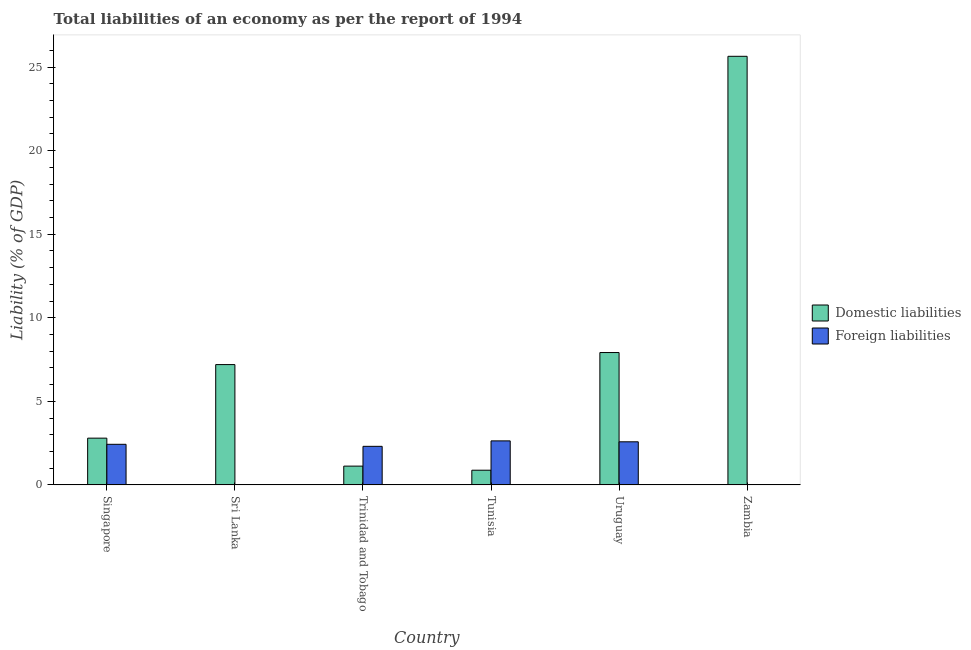
| Country | Domestic liabilities | Foreign liabilities |
 | --- | --- | --- |
 | Singapore | 2.8 | 2.43 |
 | Sri Lanka | 7.2 | -0.051 |
 | Trinidad and Tobago | 1.12 | 2.31 |
 | Tunisia | 0.879 | 2.63 |
 | Uruguay | 7.92 | 2.58 |
 | Zambia | 25.6 | -2.14 |